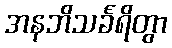
အနဘိသင်္ခရိတွာ